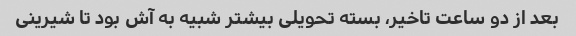
بعد از دو ساعت تاخیر، بسته تحویلی بیشتر شبیه به آش بود تا شیرینی